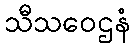
သီသဝေဌနံ